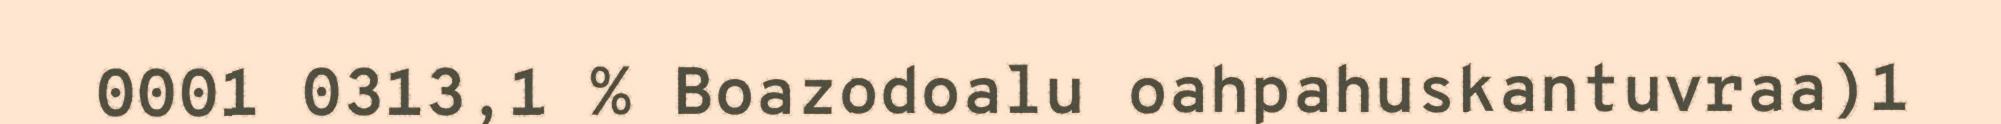
0001 0313,1 % Boazodoalu oahpahuskantuvraa)1